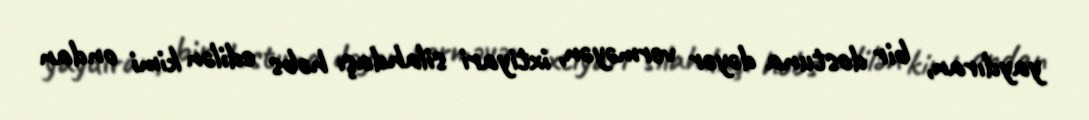
yaydıran, bir dostuna dəyər verməyən, ixtiyari silahdaşı həbs edilən kimi ondan